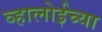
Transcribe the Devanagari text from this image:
व्हालोईच्या